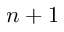
n + 1